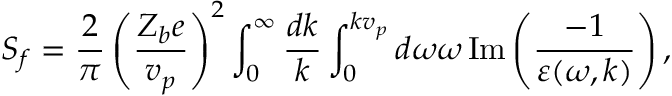
S _ { f } = \frac { 2 } { \pi } \left( \frac { Z _ { b } e } { v _ { p } } \right) ^ { 2 } \int _ { 0 } ^ { \infty } \frac { d k } { k } \int _ { 0 } ^ { k v _ { p } } d \omega \omega \operatorname { I m } \left( \frac { - 1 } { \varepsilon ( \omega , k ) } \right) ,